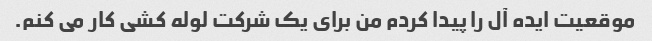
موقعیت ایده آل را پیدا کردم من برای یک شرکت لوله کشی کار می کنم.